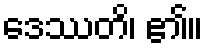
ဒေဿတိ၊ ၏။